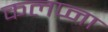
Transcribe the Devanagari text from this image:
कलप्ना